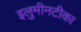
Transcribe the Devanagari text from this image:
इलुमीनटीका